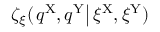
\zeta _ { \xi } ( \left. q ^ { \mathrm { X } } , q ^ { \mathrm { Y } } \right| \xi ^ { \mathrm { X } } , \xi ^ { \mathrm { Y } } )